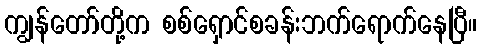
ကျွန်တော်တို့က စစ်ရှောင်စခန်းဘက်ရောက်နေပြီ။